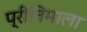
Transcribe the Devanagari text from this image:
प्रीतिमाला